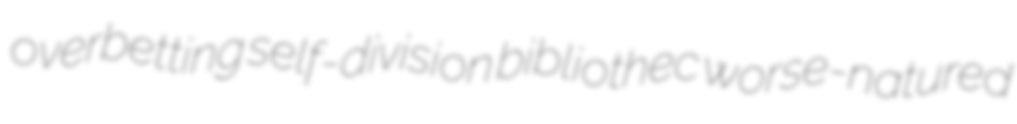
overbetting self-division bibliothec worse-natured